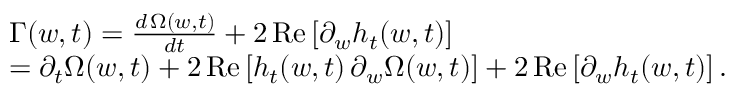
\begin{array} { r l } & { \Gamma ( w , t ) = \frac { d \, { \Omega } ( w , t ) } { d t } + 2 \, \mathrm { R e } \left[ \partial _ { w } h _ { t } ( w , t ) \right] } \\ & { = \partial _ { t } \Omega ( w , t ) + 2 \, \mathrm { R e } \left[ h _ { t } ( w , t ) \, \partial _ { w } \Omega ( w , t ) \right] + 2 \, \mathrm { R e } \left[ \partial _ { w } h _ { t } ( w , t ) \right] . } \end{array}